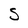
Character: S